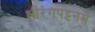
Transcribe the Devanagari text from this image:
श्रीरंगपट्टनम